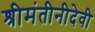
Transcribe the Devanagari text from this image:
श्रीमंतीनीदेवी